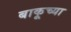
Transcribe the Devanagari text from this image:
बाकूच्या